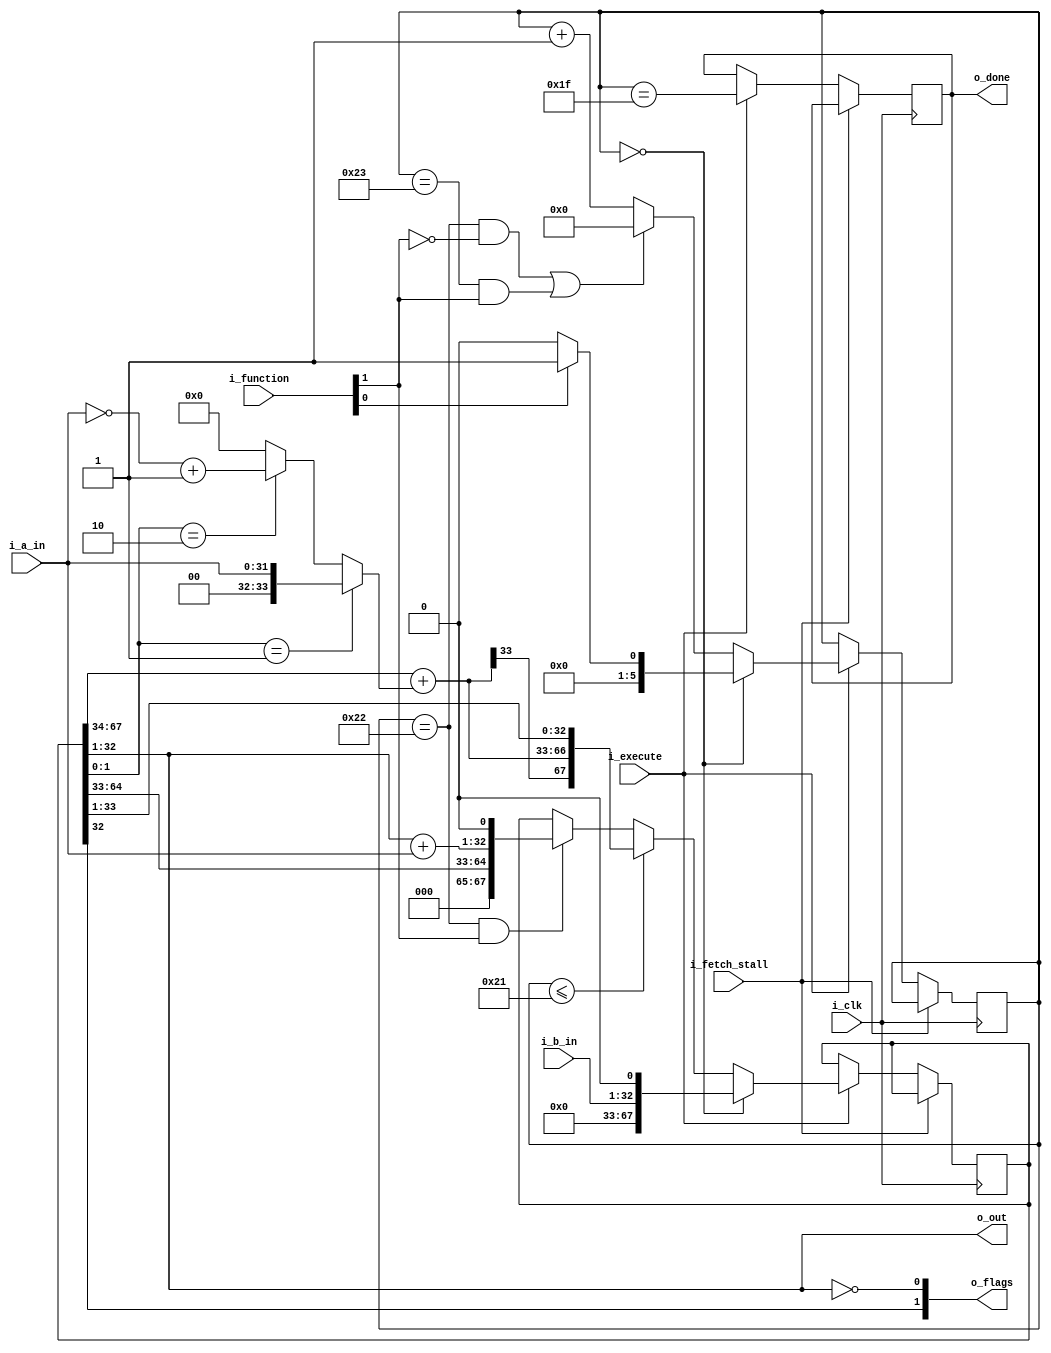
//////////////////////////////////////////////////////////////////
//                                                              //
//  Multiplication Module for Amber 2 Core                      //
//                                                              //
//  This file is part of the Amber project                      //
//  http://www.opencores.org/project,amber                      //
//                                                              //
//  Description                                                 //
//  64-bit Booth signed or unsigned multiply and                //
//  multiply-accumulate supported. It takes about 38 clock      //
//  cycles to complete an operation.                            //
//                                                              //
//  Author(s):                                                  //
//      - Conor Santifort, csantifort.amber@gmail.com           //
//                                                              //
//////////////////////////////////////////////////////////////////
//                                                              //
// Copyright (C) 2010 Authors and OPENCORES.ORG                 //
//                                                              //
// This source file may be used and distributed without         //
// restriction provided that this copyright statement is not    //
// removed from the file and that any derivative work contains  //
// the original copyright notice and the associated disclaimer. //
//                                                              //
// This source file is free software; you can redistribute it   //
// and/or modify it under the terms of the GNU Lesser General   //
// Public License as published by the Free Software Foundation; //
// either version 2.1 of the License, or (at your option) any   //
// later version.                                               //
//                                                              //
// This source is distributed in the hope that it will be       //
// useful, but WITHOUT ANY WARRANTY; without even the implied   //
// warranty of MERCHANTABILITY or FITNESS FOR A PARTICULAR      //
// PURPOSE.  See the GNU Lesser General Public License for more //
// details.                                                     //
//                                                              //
// You should have received a copy of the GNU Lesser General    //
// Public License along with this source; if not, download it   //
// from http://www.opencores.org/lgpl.shtml                     //
//                                                              //
//////////////////////////////////////////////////////////////////



// bit 0 go, bit 1 accumulate
// Command:
//  4'b01 :  MUL   - 32 bit multiplication
//  4'b11 :  MLA   - 32 bit multiply and accumulate
//
//  34-bit Booth adder
//  The adder needs to be 34 bit to deal with signed and unsigned 32-bit
//  multiplication inputs. This adds 1 extra bit. Then to deal with the
//  case of two max negative numbers another bit is required.
//

module a23_multiply (
input                       i_clk,
input                       i_fetch_stall,

input       [31:0]          i_a_in,         // Rds
input       [31:0]          i_b_in,         // Rm
input       [1:0]           i_function,
input                       i_execute,

output      [31:0]          o_out,
output      [1:0]           o_flags,        // [1] = N, [0] = Z
output reg                  o_done
);


wire        enable;
wire        accumulate;
wire [33:0] multiplier;
wire [33:0] multiplier_bar;
wire [33:0] sum;
wire [33:0] sum34_b;

reg  [5:0]  count = 'd0;
reg  [5:0]  count_nxt;
reg  [67:0] product = 'd0;
reg  [67:0] product_nxt;
reg  [1:0]  flags_nxt;
wire [32:0] sum_acc1;           // the MSB is the carry out for the upper 32 bit addition


assign enable         = i_function[0];
assign accumulate     = i_function[1];
 
assign multiplier     =  { 2'd0, i_a_in} ;
assign multiplier_bar = ~{ 2'd0, i_a_in} + 34'd1 ;

assign sum34_b        =  product[1:0] == 2'b01 ? multiplier     :
                         product[1:0] == 2'b10 ? multiplier_bar :
                                                 34'd0          ;


// Use DSP modules from Xilinx Spartan6 FPGA devices
`ifdef XILINX_FPGA
    // -----------------------------------
    // 34-bit adder - booth multiplication
    // -----------------------------------
    `ifdef XILINX_SPARTAN6_FPGA
        xs6_addsub_n #(.WIDTH(34)) 
    `endif
    `ifdef XILINX_VIRTEX6_FPGA
        xv6_addsub_n #(.WIDTH(34))  
    `endif
        
        u_xx_addsub_34_sum (
        .i_a    ( product[67:34]        ),
        .i_b    ( sum34_b               ),
        .i_cin  ( 1'd0                  ),
        .i_sub  ( 1'd0                  ),
        .o_sum  ( sum                   ),
        .o_co   (                       )
    );

    // ------------------------------------
    // 33-bit adder - accumulate operations
    // ------------------------------------
    `ifdef XILINX_SPARTAN6_FPGA
        xs6_addsub_n #(.WIDTH(33)) 
    `endif
    `ifdef XILINX_VIRTEX6_FPGA
        xv6_addsub_n #(.WIDTH(33)) 
    `endif
        u_xx_addsub_33_acc1 (
        .i_a    ( {1'd0, product[32:1]} ),
        .i_b    ( {1'd0, i_a_in}        ),
        .i_cin  ( 1'd0                  ),
        .i_sub  ( 1'd0                  ),
        .o_sum  ( sum_acc1              ),
        .o_co   (                       )
    );

`else
 
    // -----------------------------------
    // 34-bit adder - booth multiplication
    // -----------------------------------
    assign sum =  product[67:34] + sum34_b;
     
    // ------------------------------------
    // 33-bit adder - accumulate operations
    // ------------------------------------
    assign sum_acc1 = {1'd0, product[32:1]} + {1'd0, i_a_in};
     
`endif


always @*
    begin
    // Defaults
    count_nxt           = count;
    product_nxt         = product;
    
    // update Negative and Zero flags
    // Use registered value of product so this adds an extra cycle
    // but this avoids having the 64-bit zero comparator on the
    // main adder path
    flags_nxt   = { product[32], product[32:1] == 32'd0 }; 
    

    if ( count == 6'd0 )
        product_nxt = {33'd0, 1'd0, i_b_in, 1'd0 } ;
    else if ( count <= 6'd33 )
        product_nxt = { sum[33], sum, product[33:1]} ;
    else if ( count == 6'd34 && accumulate )
        begin
        // Note that bit 0 is not part of the product. It is used during the booth
        // multiplication algorithm
        product_nxt         = { product[64:33], sum_acc1[31:0], 1'd0}; // Accumulate
        end
        
    // Multiplication state counter
    if (count == 6'd0)  // start
        count_nxt   = enable ? 6'd1 : 6'd0;
    else if ((count == 6'd34 && !accumulate) ||  // MUL
             (count == 6'd35 &&  accumulate)  )  // MLA
        count_nxt   = 6'd0;
    else
        count_nxt   = count + 1'd1;
    end


always @ ( posedge i_clk )
    if ( !i_fetch_stall )
        begin
        count           <= i_execute ? count_nxt          : count;           
        product         <= i_execute ? product_nxt        : product;        
        o_done          <= i_execute ? count == 6'd31     : o_done;          
        end

// Outputs
assign o_out   = product[32:1]; 
assign o_flags = flags_nxt;
                     
initial begin

    o_done = 1'd0;    // goes high 2 cycles before completion

end

endmodule